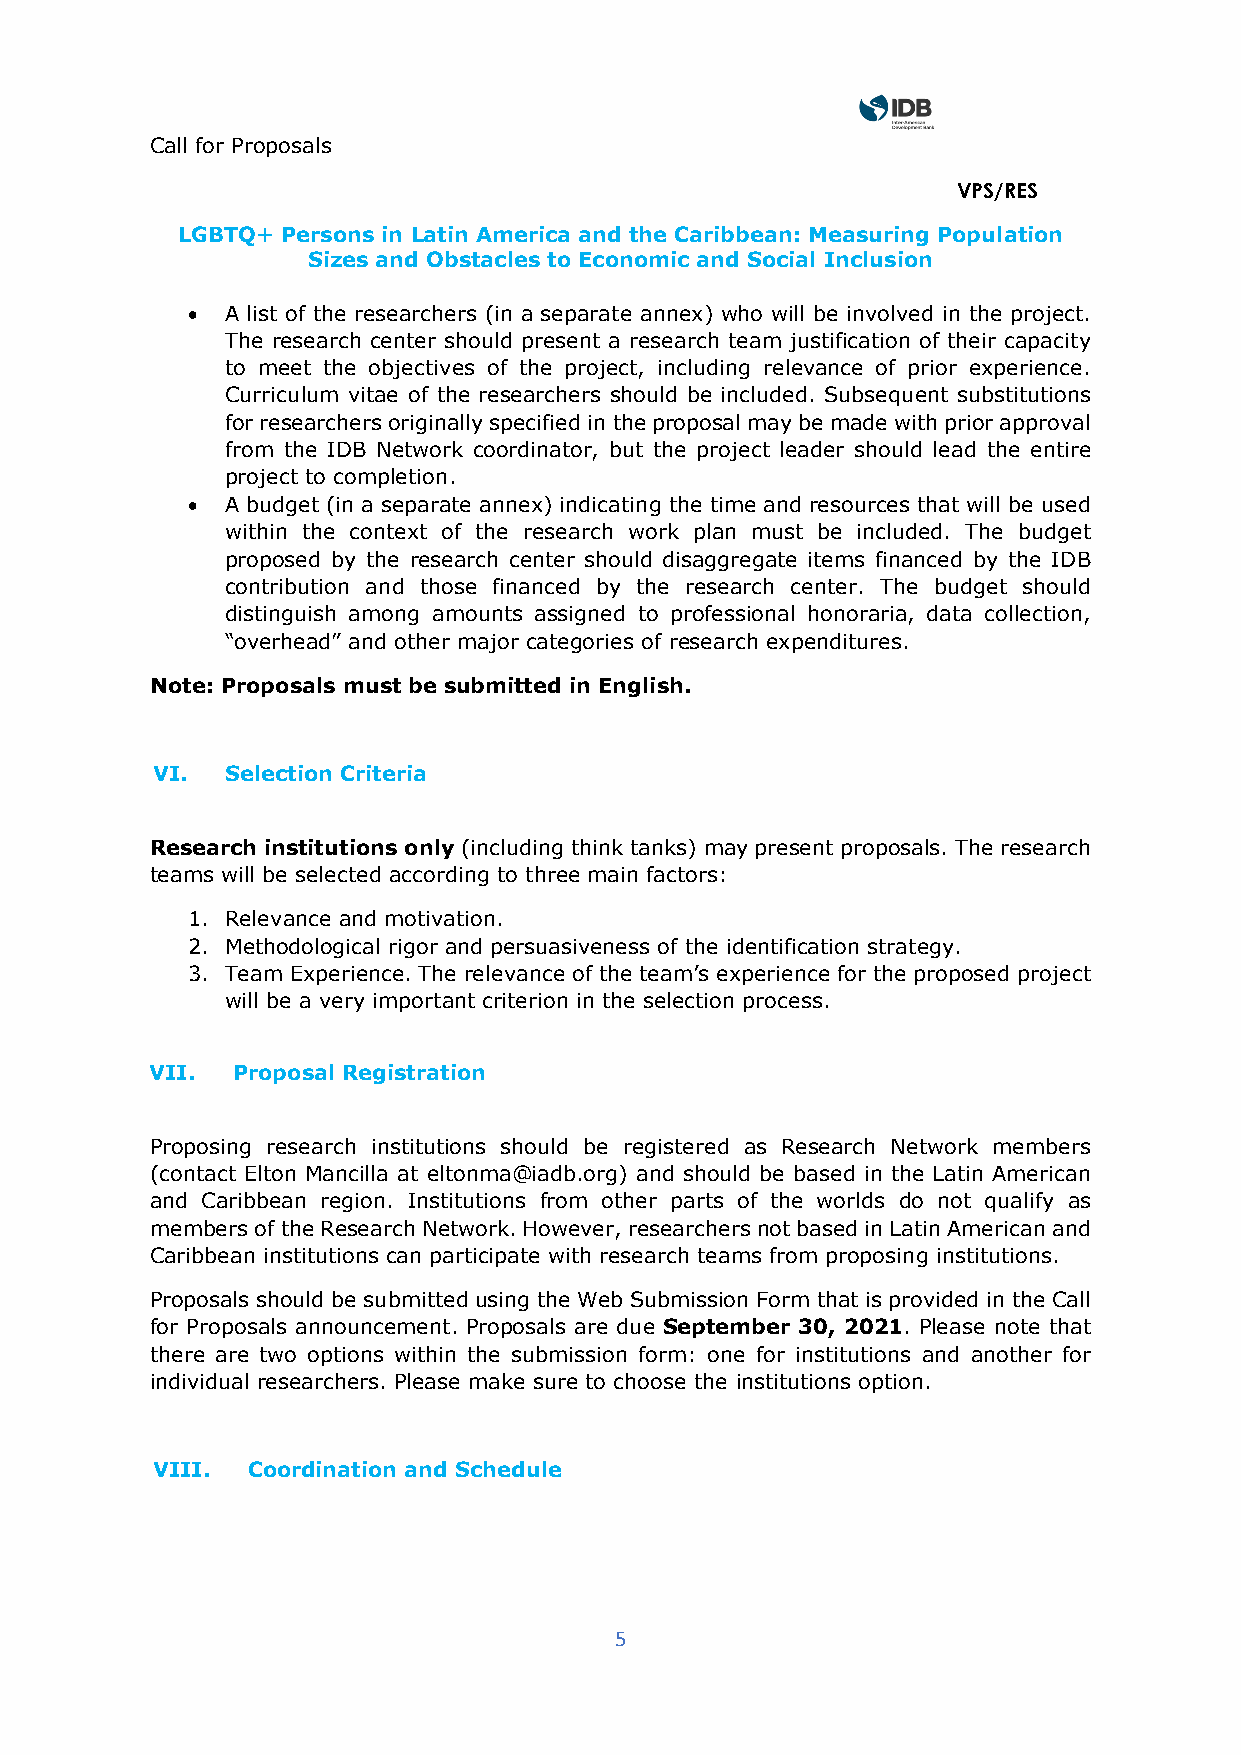
Call for Proposals
 VPS/RES
 LGBTQ+ Persons in Latin America and the Caribbean: Measuring Population
 Sizes and Obstacles to Economic and Social Inclusion
 •  A list of the researchers (in a separate annex) who will be involved in the project.
 The research center should present a research team justification of their capacity
 to meet the objectives of the project, including relevance of prior experience.
 Curriculum vitae of the researchers should be included. Subsequent substitutions
 for researchers originally specified in the proposal may be made with prior approval
 from the IDB Network coordinator, but the project leader should lead the entire
 project to completion.
 •  A budget (in a separate annex) indicating the time and resources that will be used
 within the context of the research work plan must be included. The budget
 proposed by the research center should disaggregate items financed by the IDB
 contribution and those financed by the research center. The budget should
 distinguish among amounts assigned to professional honoraria, data collection,
 “overhead” and other major categories of research expenditures.
 Note: Proposals must be submitted in English.
 VI.  Selection Criteria
 Research institutions only (including think tanks) may present proposals. The research
 teams will be selected according to three main factors:
 1. Relevance and motivation.
 2. Methodological rigor and persuasiveness of the identification strategy.
 3. Team Experience. The relevance of the team’s experience for the proposed project
 will be a very important criterion in the selection process.
 VII. Proposal Registration
 Proposing research institutions should be registered as Research Network members
 (contact Elton Mancilla at eltonma@iadb.org) and should be based in the Latin American
 and Caribbean region. Institutions from other parts of the worlds do not qualify as
 members of the Research Network. However, researchers not based in Latin American and
 Caribbean institutions can participate with research teams from proposing institutions.
 Proposals should be submitted using the Web Submission Form that is provided in the Call
 for Proposals announcement. Proposals are due September 30, 2021. Please note that
 there are two options within the submission form: one for institutions and another for
 individual researchers. Please make sure to choose the institutions option.
 VIII. Coordination and Schedule
 5